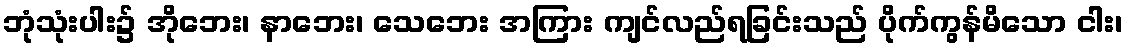
ဘုံသုံးပါး၌ အိုဘေး၊ နာဘေး၊ သေဘေး အကြား ကျင်လည်ရခြင်းသည် ပိုက်ကွန်မိသော ငါး၊